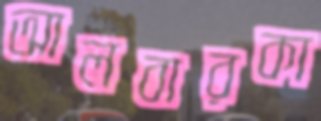
আলবারকা